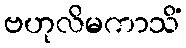
ဗဟုလိမကာသိံ